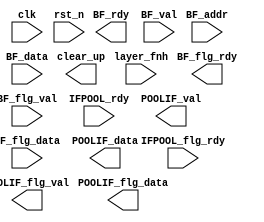
//======================================================
// Copyright (C) 2020 By 
// All Rights Reserved
//======================================================
// Module : 
// Author : 
// Contact : 
// Date : 
//=======================================================
// Description :
//========================================================
module POOL_OUT #(
    parameter PORT_WIDTH = 128,
    parameter DATA_WIDTH = 8,
    parameter FLAG_WIDTH = 32,
    parameter ADDR_WIDTH = 8
) (
    input                       clk             ,
    input                       rst_n           ,

    input                       layer_fnh       , // paulse
    output                      clear_up        , // paulse

    output                      BF_rdy          ,
    input                       BF_val          ,
    input [ADDR_WIDTH   -1 : 0] BF_addr         ,
    input [DATA_WIDTH   -1 : 0] BF_data         ,// bandwidth 8b/cycle

    output                      BF_flg_rdy      ,
    input                       BF_flg_val      ,
    input [FLAG_WIDTH   -1 : 0] BF_flg_data     ,   

    input                       IFPOOL_rdy      ,
    output                      POOLIF_val      ,
    output[PORT_WIDTH   -1 : 0] POOLIF_data     ,

    input                       IFPOOL_flg_rdy  ,
    output                      POOLIF_flg_val  ,
    output[PORT_WIDTH   -1 : 0] POOLIF_flg_data  
   
);
//=====================================================================================================================
// Constant Definition :
//=====================================================================================================================





//=====================================================================================================================
// Variable Definition :
//=====================================================================================================================





//=====================================================================================================================
// Logic Design :
//=====================================================================================================================






//=====================================================================================================================
// Sub-Module :
//=====================================================================================================================


endmodule